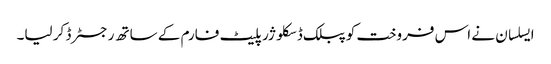
ایسلسان نے اس فروخت کو پبلک ڈسکلوژر پلیٹ فارم کے ساتھ رجسٹرڈ کر لیا۔